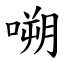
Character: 嗍